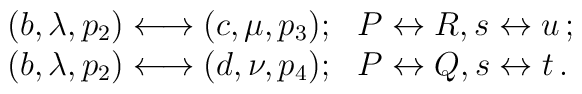
\begin{array}{rl}(b, \lambda, p_{2}) \longleftrightarrow (c, \mu, p_{3}) ; &P \leftrightarrow R , s \leftrightarrow u \, ;\\(b, \lambda, p_{2}) \longleftrightarrow (d, \nu, p_{4}) ; &P \leftrightarrow Q , s \leftrightarrow t \, .\end{array}